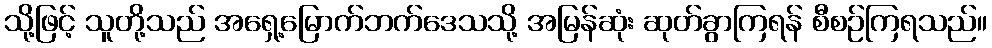
သို့ဖြင့် သူတို့သည် အရှေ့မြောက်ဘက်ဒေသသို့ အမြန်ဆုံး ဆုတ်ခွာကြရန် စီစဉ်ကြရသည်။